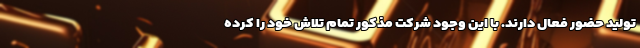
تولید حضور فعال دارند. با این وجود شرکت مذکور تمام تلاش خود را کرده